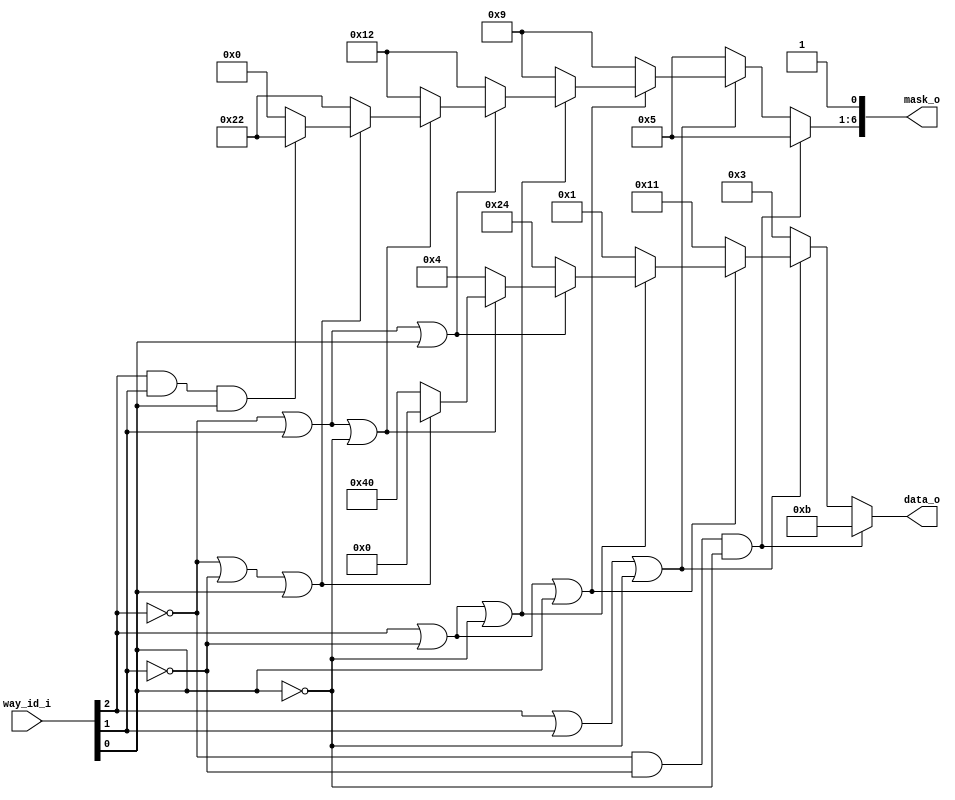
// This program was cloned from: https://github.com/NYU-MLDA/OpenABC
// License: BSD 3-Clause "New" or "Revised" License

module bp_be_dcache_lru_decode_ways_p8
(
  way_id_i,
  data_o,
  mask_o
);

  input [2:0] way_id_i;
  output [6:0] data_o;
  output [6:0] mask_o;
  wire [6:0] data_o,mask_o;
  wire N0,N1,N2,N3,N4,N5,N6,N7,N8,N9,N10,N11,N12,N13,N14,N15,N16,N17,N18,N19,N20,N21,
  N22,N23,N24,N25,N26,N27,N28,N29,N30;
  assign mask_o[0] = 1'b1;
  assign N11 = N8 & N9;
  assign N12 = N11 & N10;
  assign N13 = way_id_i[2] | way_id_i[1];
  assign N14 = N13 | N10;
  assign N16 = way_id_i[2] | N9;
  assign N17 = N16 | way_id_i[0];
  assign N19 = N16 | N10;
  assign N21 = N8 | way_id_i[1];
  assign N22 = N21 | way_id_i[0];
  assign N24 = N21 | N10;
  assign N26 = N8 | N9;
  assign N27 = N26 | way_id_i[0];
  assign N29 = way_id_i[2] & way_id_i[1];
  assign N30 = N29 & way_id_i[0];
  assign data_o = (N0)? { 1'b0, 1'b0, 1'b0, 1'b1, 1'b0, 1'b1, 1'b1 } : 
                  (N1)? { 1'b0, 1'b0, 1'b0, 1'b0, 1'b0, 1'b1, 1'b1 } : 
                  (N2)? { 1'b0, 1'b0, 1'b1, 1'b0, 1'b0, 1'b0, 1'b1 } : 
                  (N3)? { 1'b0, 1'b0, 1'b0, 1'b0, 1'b0, 1'b0, 1'b1 } : 
                  (N4)? { 1'b0, 1'b1, 1'b0, 1'b0, 1'b1, 1'b0, 1'b0 } : 
                  (N5)? { 1'b0, 1'b0, 1'b0, 1'b0, 1'b1, 1'b0, 1'b0 } : 
                  (N6)? { 1'b1, 1'b0, 1'b0, 1'b0, 1'b0, 1'b0, 1'b0 } : 
                  (N7)? { 1'b0, 1'b0, 1'b0, 1'b0, 1'b0, 1'b0, 1'b0 } : 1'b0;
  assign N0 = N12;
  assign N1 = N15;
  assign N2 = N18;
  assign N3 = N20;
  assign N4 = N23;
  assign N5 = N25;
  assign N6 = N28;
  assign N7 = N30;
  assign mask_o[6:1] = (N0)? { 1'b0, 1'b0, 1'b0, 1'b1, 1'b0, 1'b1 } : 
                       (N1)? { 1'b0, 1'b0, 1'b0, 1'b1, 1'b0, 1'b1 } : 
                       (N2)? { 1'b0, 1'b0, 1'b1, 1'b0, 1'b0, 1'b1 } : 
                       (N3)? { 1'b0, 1'b0, 1'b1, 1'b0, 1'b0, 1'b1 } : 
                       (N4)? { 1'b0, 1'b1, 1'b0, 1'b0, 1'b1, 1'b0 } : 
                       (N5)? { 1'b0, 1'b1, 1'b0, 1'b0, 1'b1, 1'b0 } : 
                       (N6)? { 1'b1, 1'b0, 1'b0, 1'b0, 1'b1, 1'b0 } : 
                       (N7)? { 1'b1, 1'b0, 1'b0, 1'b0, 1'b1, 1'b0 } : 1'b0;
  assign N8 = ~way_id_i[2];
  assign N9 = ~way_id_i[1];
  assign N10 = ~way_id_i[0];
  assign N15 = ~N14;
  assign N18 = ~N17;
  assign N20 = ~N19;
  assign N23 = ~N22;
  assign N25 = ~N24;
  assign N28 = ~N27;

endmodule